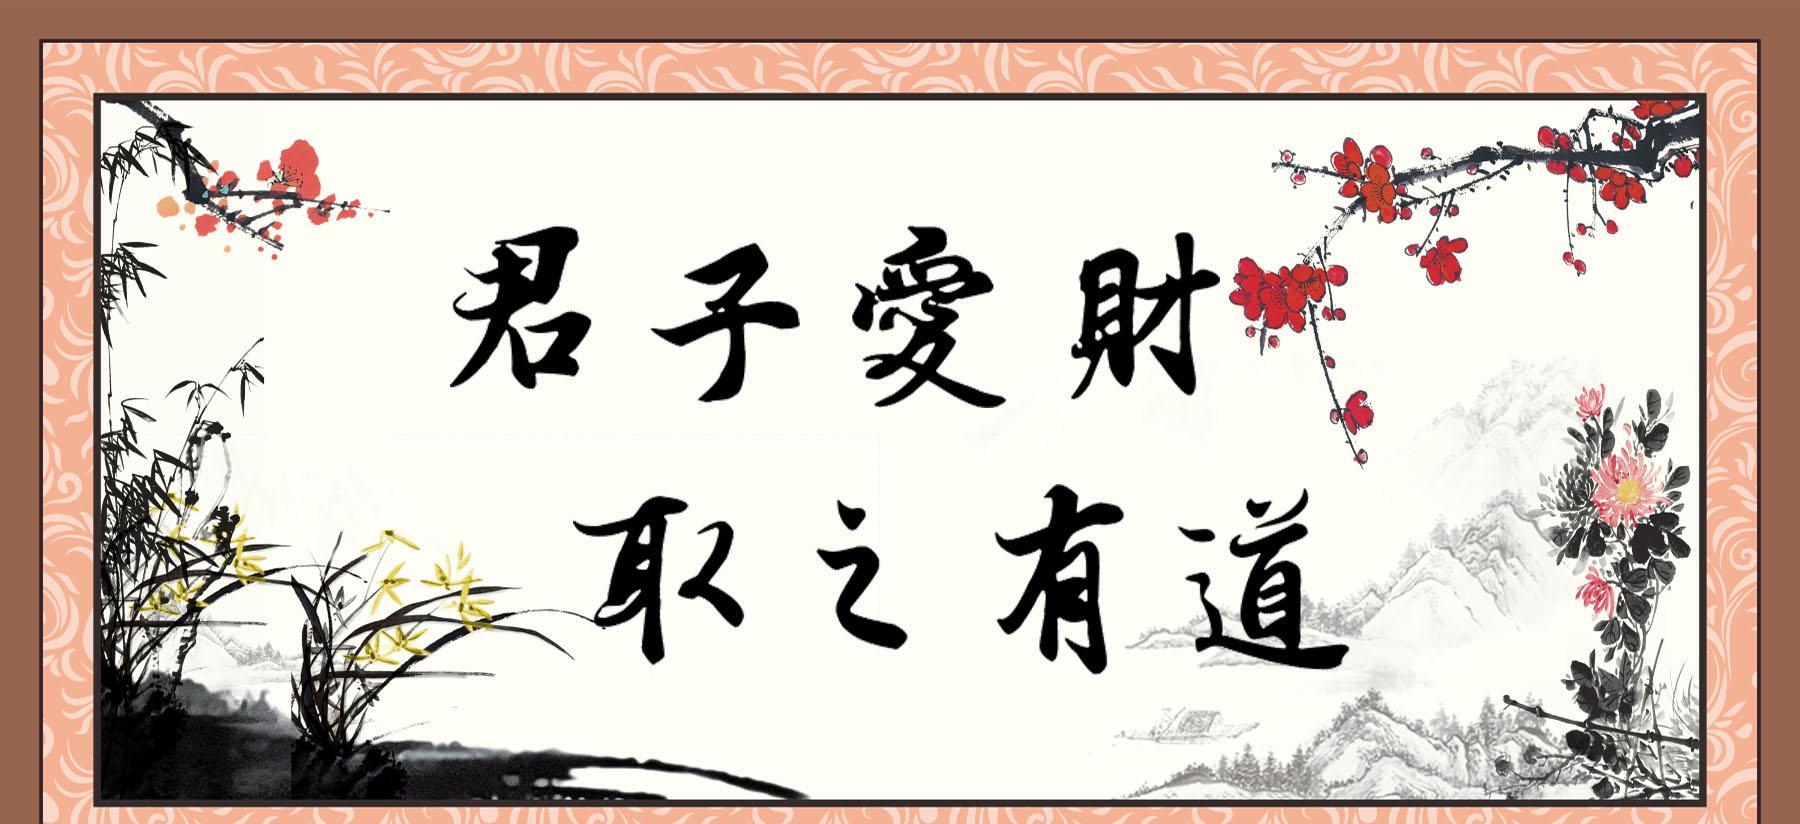
夫君子爱口，孔雀爱羽，虎豹爱爪，此皆所以治身法也。